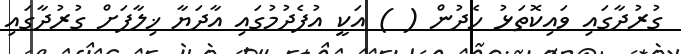
ގުރުދާގައި ވައިކޮތަޅު ހެދުން ( ) އަކީ އުފެދުމުގައި އާދަޔާ ޚިލާފަށް ގުރުދާގައި